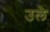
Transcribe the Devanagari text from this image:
उले